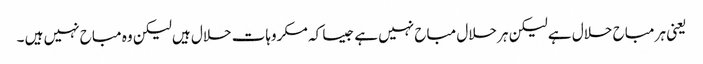
یعنی ہر مباح حلال ہے لیکن ہر حلال مباح نہیں ہے جیسا کہ مکروہات حلال ہیں لیکن وہ مباح نہیں ہیں ۔